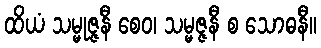
ထိယံ သမ္မုဇ္ဇနီ စေဝ၊ သမ္မဇ္ဇနီ စ သောဓနီ။